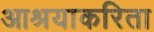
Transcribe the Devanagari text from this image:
आश्रयाकरिता